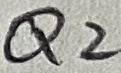
Text: Q2